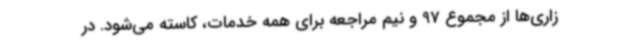
زاری‌ها از مجموع 97 و نیم مراجعه برای همه خدمات، کاسته می‌شود. در